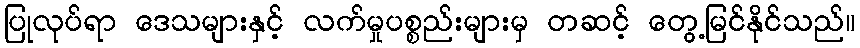
ပြုလုပ်ရာ ဒေသများနှင့် လက်မှုပစ္စည်းများမှ တဆင့် တွေ့မြင်နိုင်သည်။